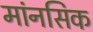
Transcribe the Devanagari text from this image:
मांनसिक